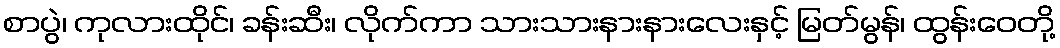
စာပွဲ၊ ကုလားထိုင်၊ ခန်းဆီး၊ လိုက်ကာ သားသားနားနားလေးနှင့် မြတ်မွန်၊ ထွန်းဝေတို့